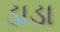
ડાડા